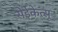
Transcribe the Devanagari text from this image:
सेईकेत्सू